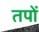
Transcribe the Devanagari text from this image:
तपों